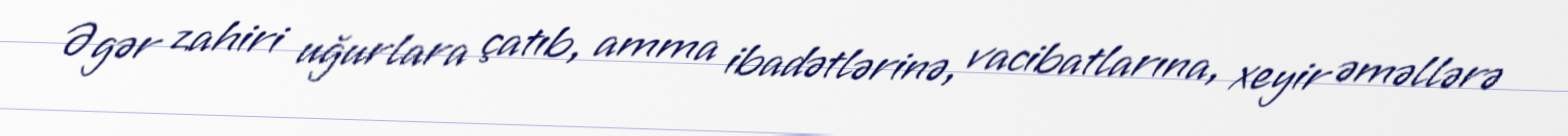
Əgər zahiri uğurlara çatıb, amma ibadətlərinə, vacibatlarına, xeyir əməllərə